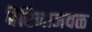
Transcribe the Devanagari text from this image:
बैरिनाजवळ